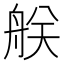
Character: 𦨶